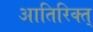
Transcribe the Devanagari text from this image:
आतिरिक्त्